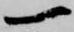
一